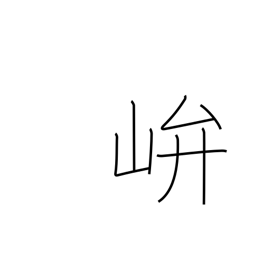
Meaning: shrine in the mountains